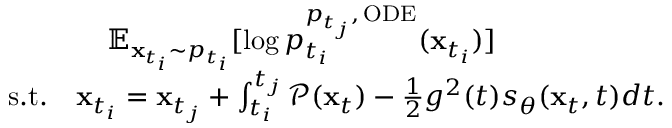
\begin{array} { r } { \mathbb { E } _ { \mathbf { x } _ { t _ { i } } \sim p _ { t _ { i } } } [ \log p _ { t _ { i } } ^ { p _ { t _ { j } } , \, \mathrm { O D E } } ( \mathbf { x } _ { t _ { i } } ) ] \qquad \qquad \qquad } \\ { \mathrm { s . t . } \quad \mathbf { x } _ { t _ { i } } = \mathbf { x } _ { t _ { j } } + \int _ { t _ { i } } ^ { t _ { j } } \mathcal { P } ( \mathbf { x } _ { t } ) - \frac { 1 } { 2 } g ^ { 2 } ( t ) s _ { \theta } ( \mathbf { x } _ { t } , t ) d t . } \end{array}